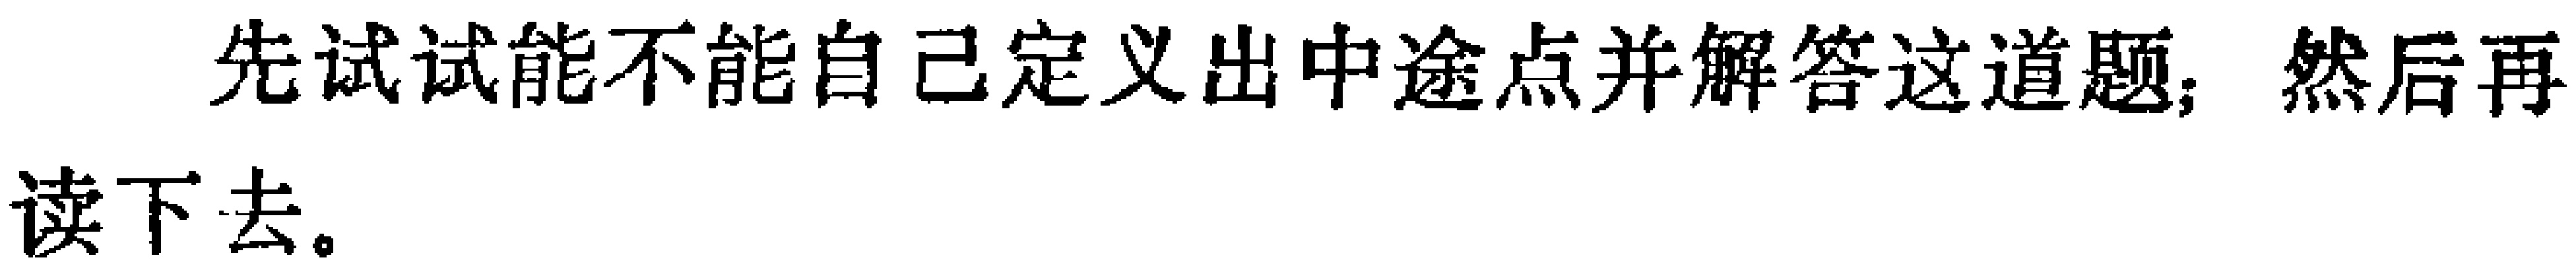
先试试能不能自己定义出中途点并解答这道题；然后再读下去。